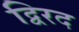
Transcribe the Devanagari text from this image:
द्विरद